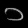
Digit: ၁